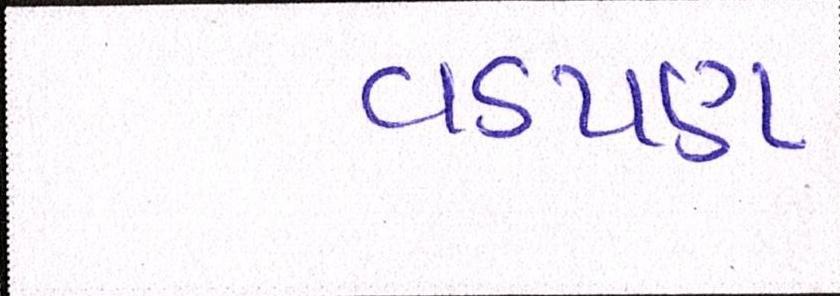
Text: વડપણ